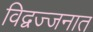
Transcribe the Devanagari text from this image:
विद्वज्जनात